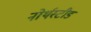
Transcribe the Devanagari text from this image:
नोर्थस्टीड